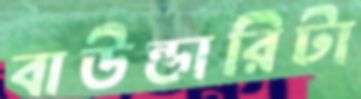
বাউন্ডারিটা